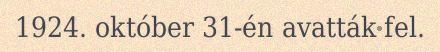
1924. október 31-én avatták fel.